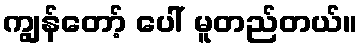
ကျွန်တော့် ပေါ် မူတည်တယ်။